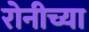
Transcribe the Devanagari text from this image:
रोनीच्या